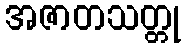
အဇာတသတ္တု